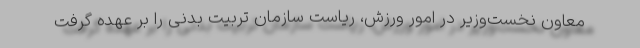
معاون نخست‌وزیر در امور ورزش، ریاست سازمان تربیت بدنی را بر عهده گرفت